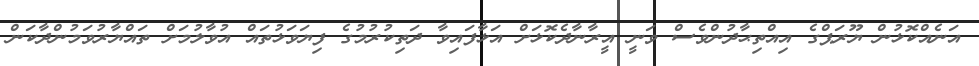
އަނެއްކޮޅުން ޔޫރަޕްގެ އިއްތިޙާދުންވެސް ވަނީ އީރާނާދެކޮޅަށް އަޅާފައިވާ ދަތިކުރުމުގެ ފިޔަވަޅުތައް އުވާލުމަށް ތައްޔާރުވަމުންދާކަން